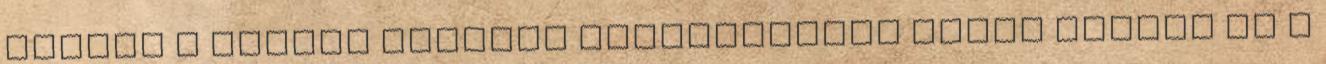
akinek a gyulai egyéves tartózkodása alatt indult el a